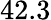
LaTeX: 42.3